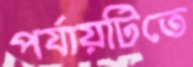
পর্যায়টিতে